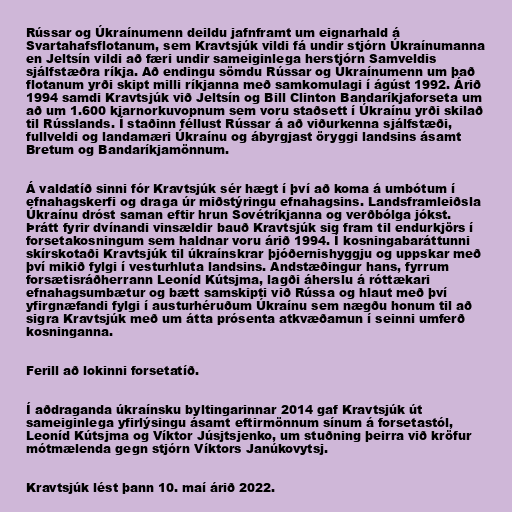
Rússar og Úkraínumenn deildu jafnframt um eignarhald á
Svartahafsflotanum, sem Kravtsjúk vildi fá undir stjórn Úkraínumanna
en Jeltsín vildi að færi undir sameiginlega herstjórn Samveldis
sjálfstæðra ríkja. Að endingu sömdu Rússar og Úkraínumenn um það
flotanum yrði skipt milli ríkjanna með samkomulagi í ágúst 1992. Árið
1994 samdi Kravtsjúk við Jeltsín og Bill Clinton Bandaríkjaforseta um
að um 1.600 kjarnorkuvopnum sem voru staðsett í Úkraínu yrði skilað
til Rússlands. Í staðinn féllust Rússar á að viðurkenna sjálfstæði,
fullveldi og landamæri Úkraínu og ábyrgjast öryggi landsins ásamt
Bretum og Bandaríkjamönnum.

Á valdatíð sinni fór Kravtsjúk sér hægt í því að koma á umbótum í
efnahagskerfi og draga úr miðstýringu efnahagsins. Landsframleiðsla
Úkraínu dróst saman eftir hrun Sovétríkjanna og verðbólga jókst.
Þrátt fyrir dvínandi vinsældir bauð Kravtsjúk sig fram til endurkjörs í
forsetakosningum sem haldnar voru árið 1994. Í kosningabaráttunni
skírskotaði Kravtsjúk til úkraínskrar þjóðernishyggju og uppskar með
því mikið fylgi í vesturhluta landsins. Andstæðingur hans, fyrrum
forsætisráðherrann Leoníd Kútsjma, lagði áherslu á róttækari
efnahagsumbætur og bætt samskipti við Rússa og hlaut með því
yfirgnæfandi fylgi í austurhéruðum Úkraínu sem nægðu honum til að
sigra Kravtsjúk með um átta prósenta atkvæðamun í seinni umferð
kosninganna.

Ferill að lokinni forsetatíð.

Í aðdraganda úkraínsku byltingarinnar 2014 gaf Kravtsjúk út
sameiginlega yfirlýsingu ásamt eftirmönnum sínum á forsetastól,
Leoníd Kútsjma og Víktor Júsjtsjenko, um stuðning þeirra við kröfur
mótmælenda gegn stjórn Víktors Janúkovytsj.

Kravtsjúk lést þann 10. maí árið 2022.